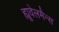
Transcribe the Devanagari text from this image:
ह्यूवेलमैन्स